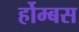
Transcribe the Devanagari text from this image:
र्होम्बस